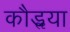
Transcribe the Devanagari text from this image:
कौडॢया